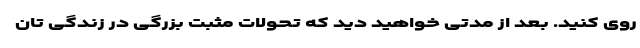
روی کنید. بعد از مدتی خواهید دید که تحولات مثبت بزرگی در زندگی تان